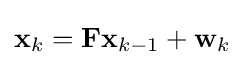
\mathbf {x} _{k}=\mathbf {F} \mathbf {x} _{k-1}+\mathbf {w} _{k}